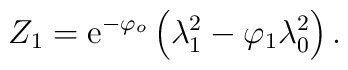
{Z}_1 = {\rm e}^{- \varphi_o} \left( \lambda^2_1 - \varphi_1 \lambda^2_0 \right) .